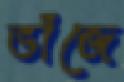
ভাঁজে